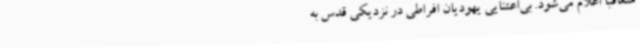
متعاقبا اعلام می‌شود. بی‌اعتنایی یهودیان افراطی در نزدیکی قدس به